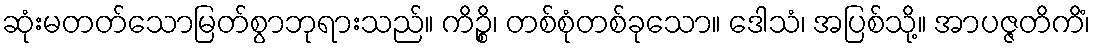
ဆုံးမတတ်သောမြတ်စွာဘုရားသည်။ ကိဉ္စိ၊ တစ်စုံတစ်ခုသော။ ဒေါသံ၊ အပြစ်သို့။ အာပဇ္ဇတိကိံ၊